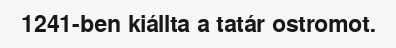
1241-ben kiállta a tatár ostromot.